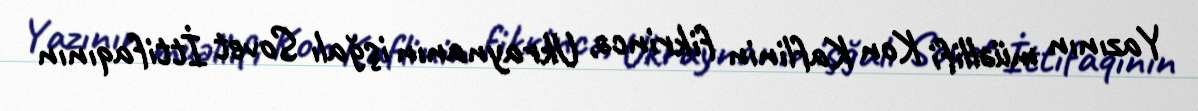
Yazının müəllifi Kon Kaflinin fikrincə, Ukraynanın işğalı Sovet İttifaqının